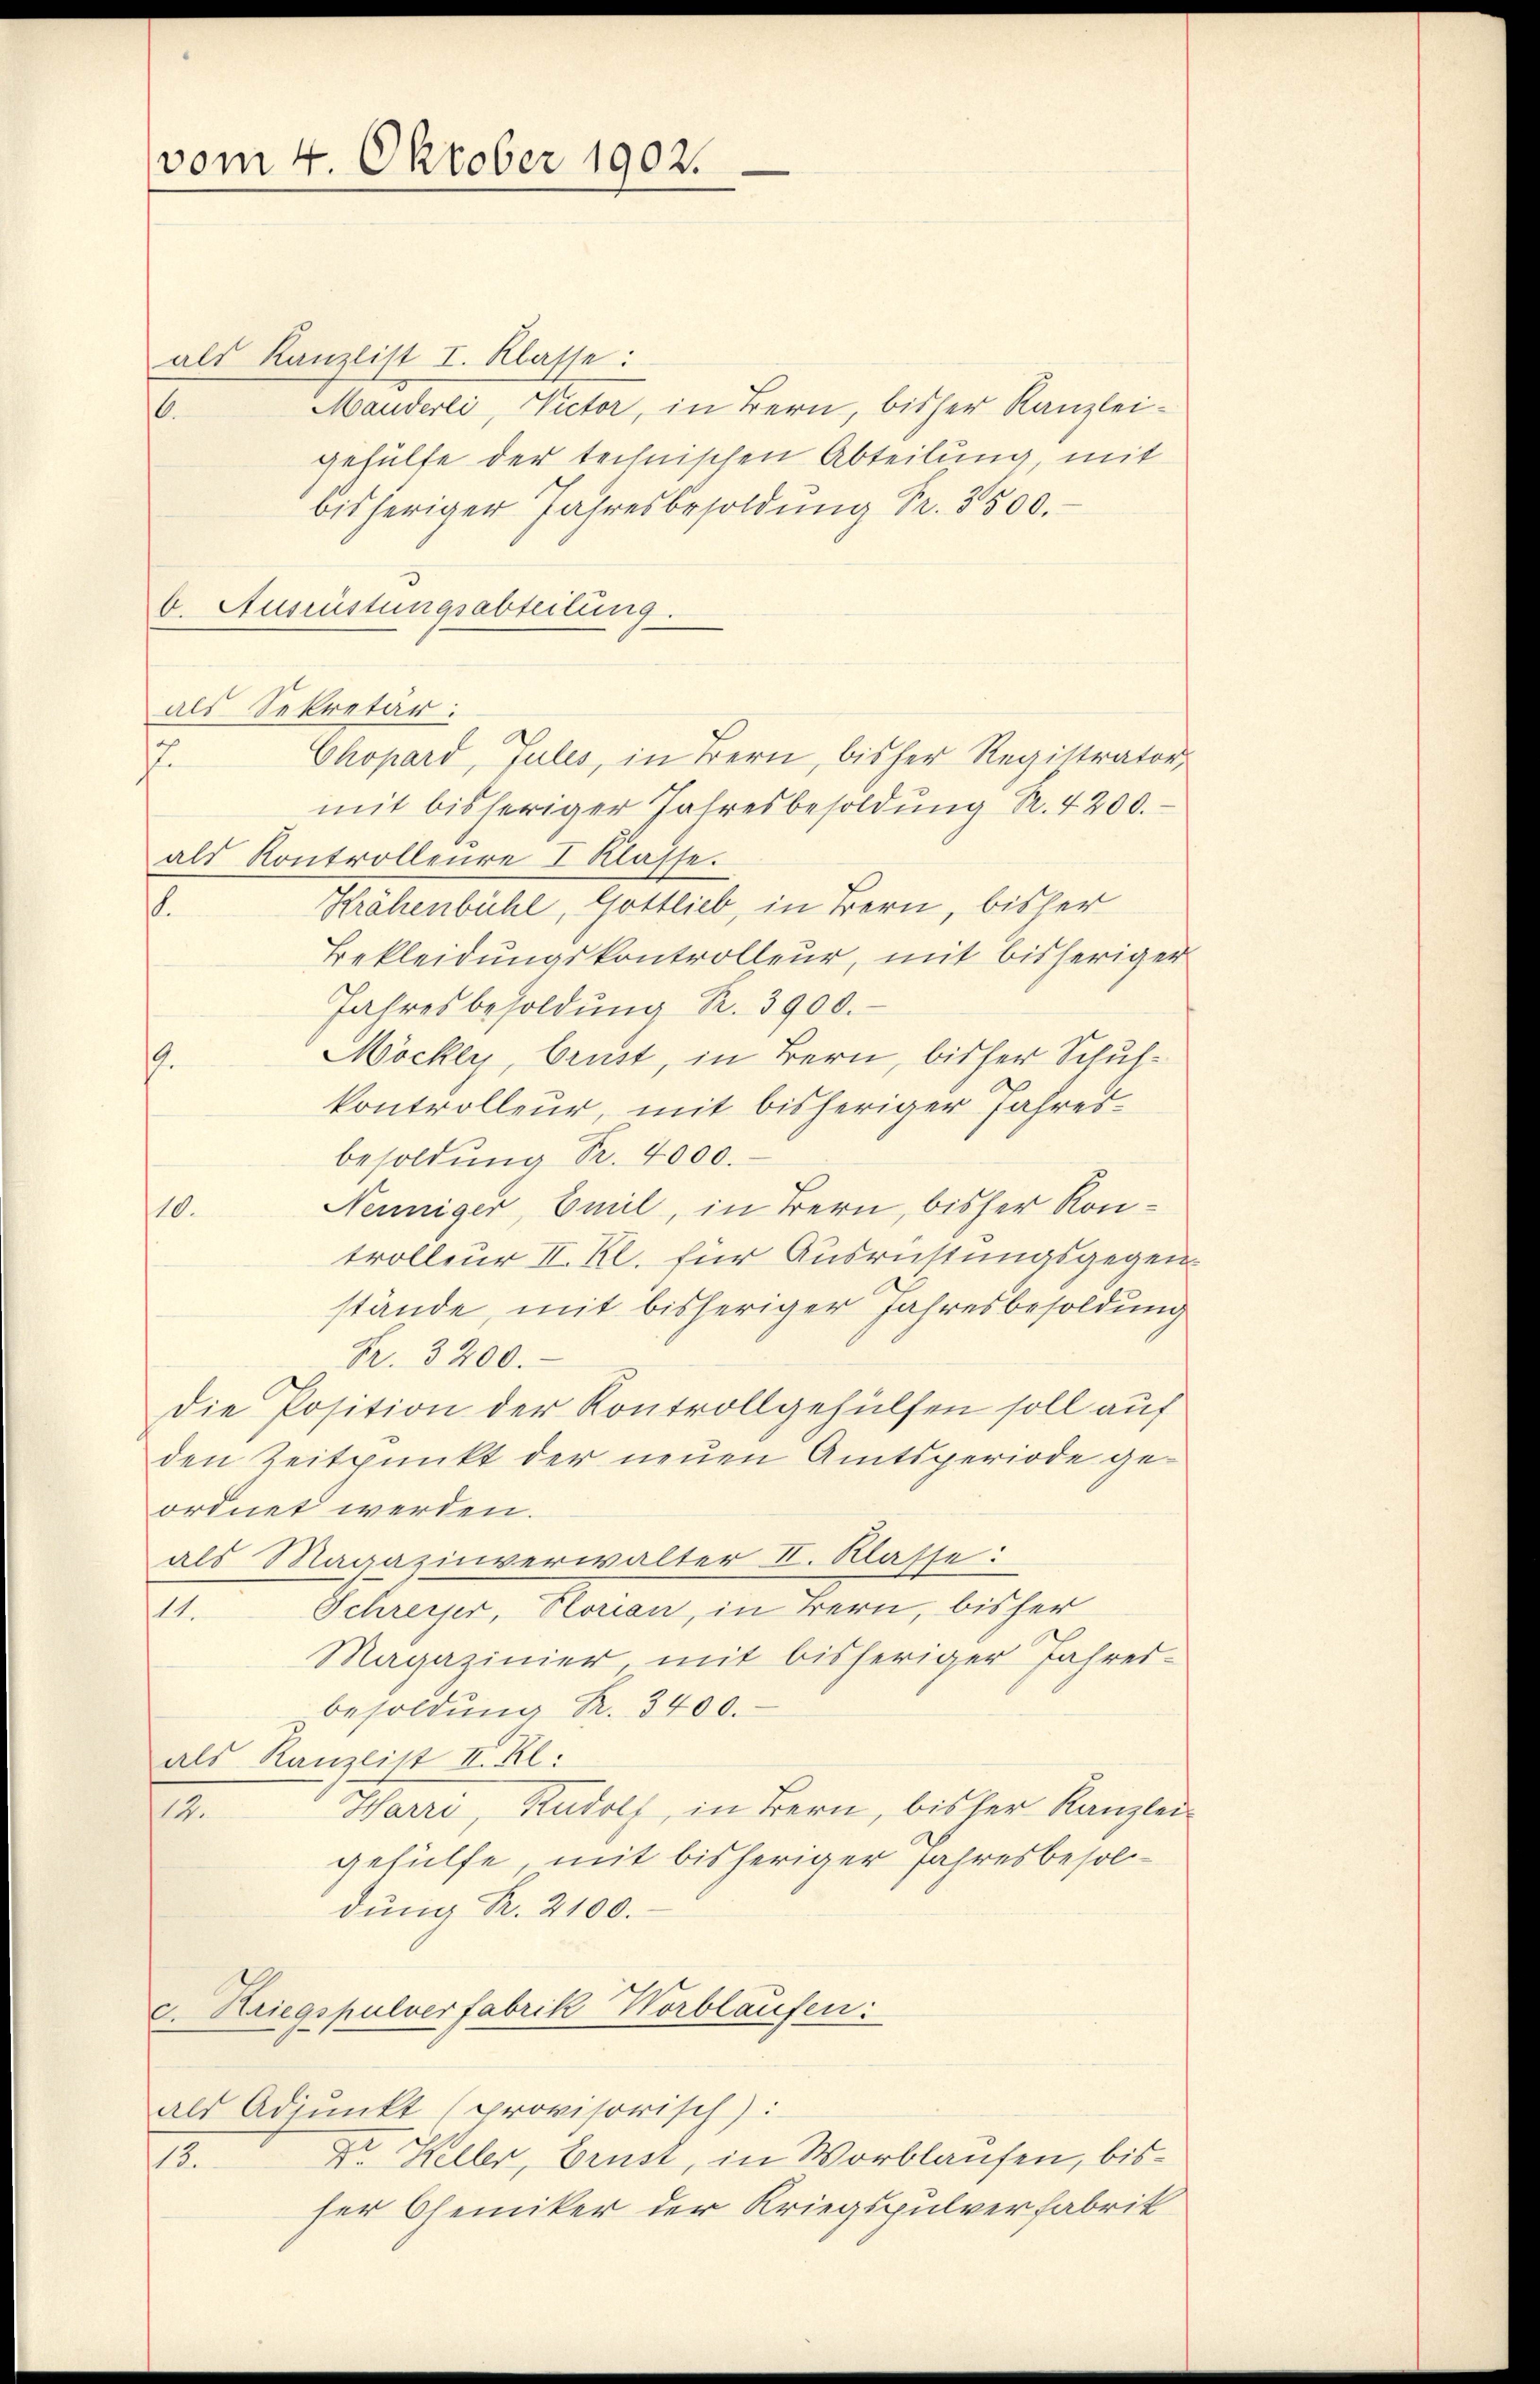
(vom 4. Oktober 1902.

als Kanzlist I. Klasse:
Manderli, Victor, in Bern, bisher Kanzlei-
6.
gehülfe der technischen Abteilung mit
bisheriger Jahresbesoldung Fr. 3500.
b. Ausrüstungsabteilung.
als Sekretär:
u
mit bisheriger Jahresbesoldŭng Fr. 4200.
als Kontrolleure I Klasse.
Krähenbühl, Gottlieb, in Bern, bisher
t
Bekleidungskontrolleur, mit bisheriger
Jahresbesoldŭng R. 3900.
Möckey, brust, in Bern, bisher Schuh¬
.
kontrolleur, mit bisheriger Jahresbesoldŭng Nr. 4000.
Neuniger, Emil, in Bern, bisher Kon¬
10.
trolleur II. Kl. für Ausrichtungsgegen
stände, mit bisheriger Jahresbesoldung
Fr. 3200.
Die Position der Kontrollgehülfen soll auf
den Zeitpunkt der neuen Amtsperiode geordnet werden.
als Magazinverwalter II. Klasse:
Schreiser, Horian, in Bern, bisher
11.
Magazinier mit bisheriger Jahres-
besoldŭng R. 3400.
als Kanzlist III. Kl.
Harre, Rudolf, in Bern, bisher Kanzlei
19.
gehülfe, mit bisheriger Jahresbesoldung R. 2100.
c. Kriegspulverfabrik Horblaufen:
als Adjunkt (provisorisch):
t Keller, Brust, in Worblaufen, bis¬
.
ser Chemiker der Kriegspulverfabrik

Chopard, Jules, in Bern, bisher Registrator,